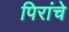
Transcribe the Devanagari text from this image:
पिरांचे